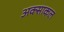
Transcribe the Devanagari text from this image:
अक्साकल